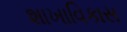
શાખાવિકાસ